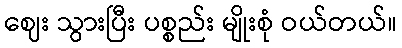
ဈေး သွားပြီး ပစ္စည်း မျိုးစုံ ဝယ်တယ်။